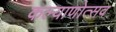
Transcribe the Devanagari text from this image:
कल्याणोत्सव